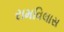
રામવિલાસ